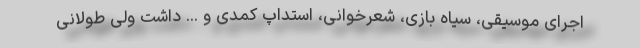
اجرای موسیقی، سیاه بازی، شعرخوانی، استداپ کمدی و ... داشت ولی طولانی